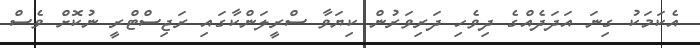
އެކަމަކު ގިނަ އަދަދެއްގެ ދިވެހި ދަރިވަރުން ކިޔަވާ ސްރީލަންކާގައި ރަޖިސްޓްރީ ނުކޮށް ވެސް